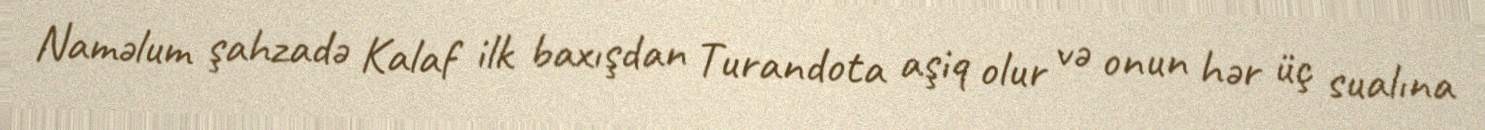
Naməlum şahzadə Kalaf ilk baxışdan Turandota aşiq olur və onun hər üç sualına